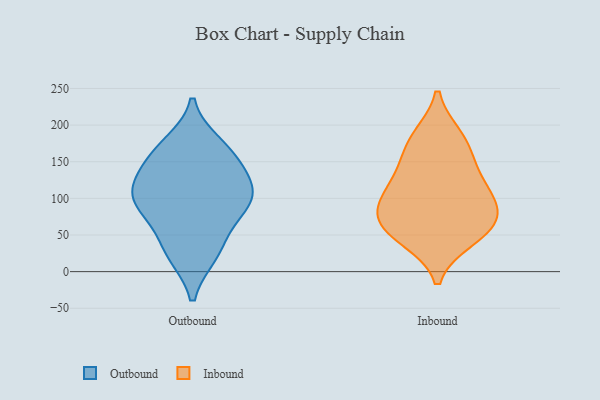
{"axis": {"x": "Page Views", "y": "Value"}, "legend": ["Inbound", "Outbound"], "data": [{"x": "", "y": 155, "type": "Outbound"}, {"x": "", "y": 173, "type": "Outbound"}, {"x": "", "y": 92, "type": "Outbound"}, {"x": "", "y": 132, "type": "Outbound"}, {"x": "", "y": 117, "type": "Outbound"}, {"x": "", "y": 101, "type": "Outbound"}, {"x": "", "y": 26, "type": "Outbound"}, {"x": "", "y": 24, "type": "Outbound"}, {"x": "", "y": 58, "type": "Outbound"}, {"x": "", "y": 95, "type": "Outbound"}, {"x": "", "y": 100, "type": "Outbound"}, {"x": "", "y": 162, "type": "Outbound"}, {"x": "", "y": 152, "type": "Inbound"}, {"x": "", "y": 179, "type": "Inbound"}, {"x": "", "y": 93, "type": "Inbound"}, {"x": "", "y": 54, "type": "Inbound"}, {"x": "", "y": 55, "type": "Inbound"}, {"x": "", "y": 184, "type": "Inbound"}, {"x": "", "y": 90, "type": "Inbound"}, {"x": "", "y": 124, "type": "Inbound"}, {"x": "", "y": 124, "type": "Inbound"}, {"x": "", "y": 45, "type": "Inbound"}, {"x": "", "y": 88, "type": "Inbound"}, {"x": "", "y": 70, "type": "Inbound"}]}